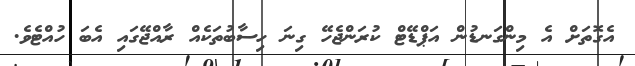
އެގޮތަށް އެ މިންގަނޑުން އަޕްޑޭޓް ކުރަންޖެހޭ ގިނަ ހިސާބުތަކެއް ރާއްޖޭގައި އެބަ ހުއްޓެވެ.